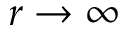
r \to \infty